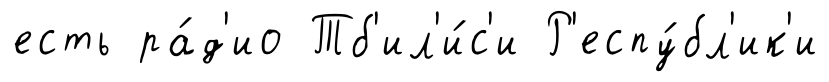
есть ра́д'ио Тб'ил'и́с'и Р'еспу́бл'ик'и